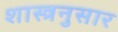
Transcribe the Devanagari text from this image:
शास्त्रनुसार